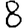
Digit: 8